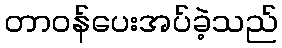
တာဝန်ပေးအပ်ခဲ့သည်